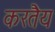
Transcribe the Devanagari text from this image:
करतैय